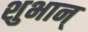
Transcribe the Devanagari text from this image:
शुभान्